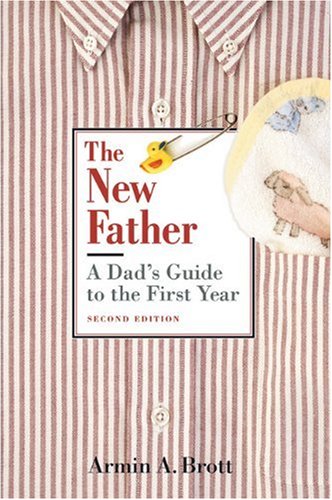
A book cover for The New Father: A Dad's Guide to the First Year; Armin A. Brott; Parenting & Relationships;